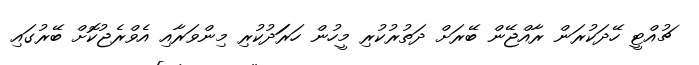
ޗުއްޓީ ހޭދަކުރަން ރާއްޖޭން ބޭރަށް ދަތުރުކުރި މީހުން ހަރަަދުކުރި މިންވަރާއި އެވްރެޖުކޮށް ބޭރުގައި